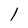
Character: 1